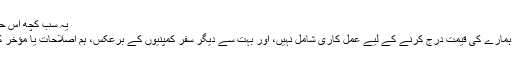
یہ سب کچھ اس حالت میں صرف ایک ہی کمپنی کے ساتھ نمٹنے ہے.
ہم ایک سروس چارج یا کسی بھی کریڈٹ کارڈ فیس ہمارے کی قیمت درج کرنے کے لیے عمل کاری شامل نہیں، اور بہت سے دیگر سفر کمپنیوں کے برعکس، ہم اصلاحات یا مؤخر کر آپ کی بکنگ کے لئے الزامات عائد نہیں کرتے ۔